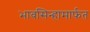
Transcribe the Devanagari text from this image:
भावसिन्हामार्फत